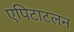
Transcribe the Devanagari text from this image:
एपिटाटलन